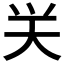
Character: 𮰴